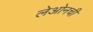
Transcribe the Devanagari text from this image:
लेओनची